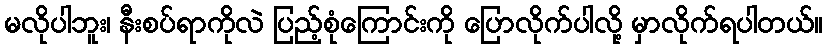
မလိုပါဘူး၊ နီးစပ်ရာကိုလဲ ပြည့်စုံကြောင်းကို ပြောလိုက်ပါလို့ မှာလိုက်ရပါတယ်။